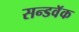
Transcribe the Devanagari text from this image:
सन्डवॅक